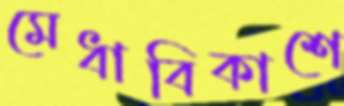
মেধাবিকাশে